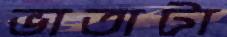
ভাতাটা